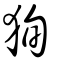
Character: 狥